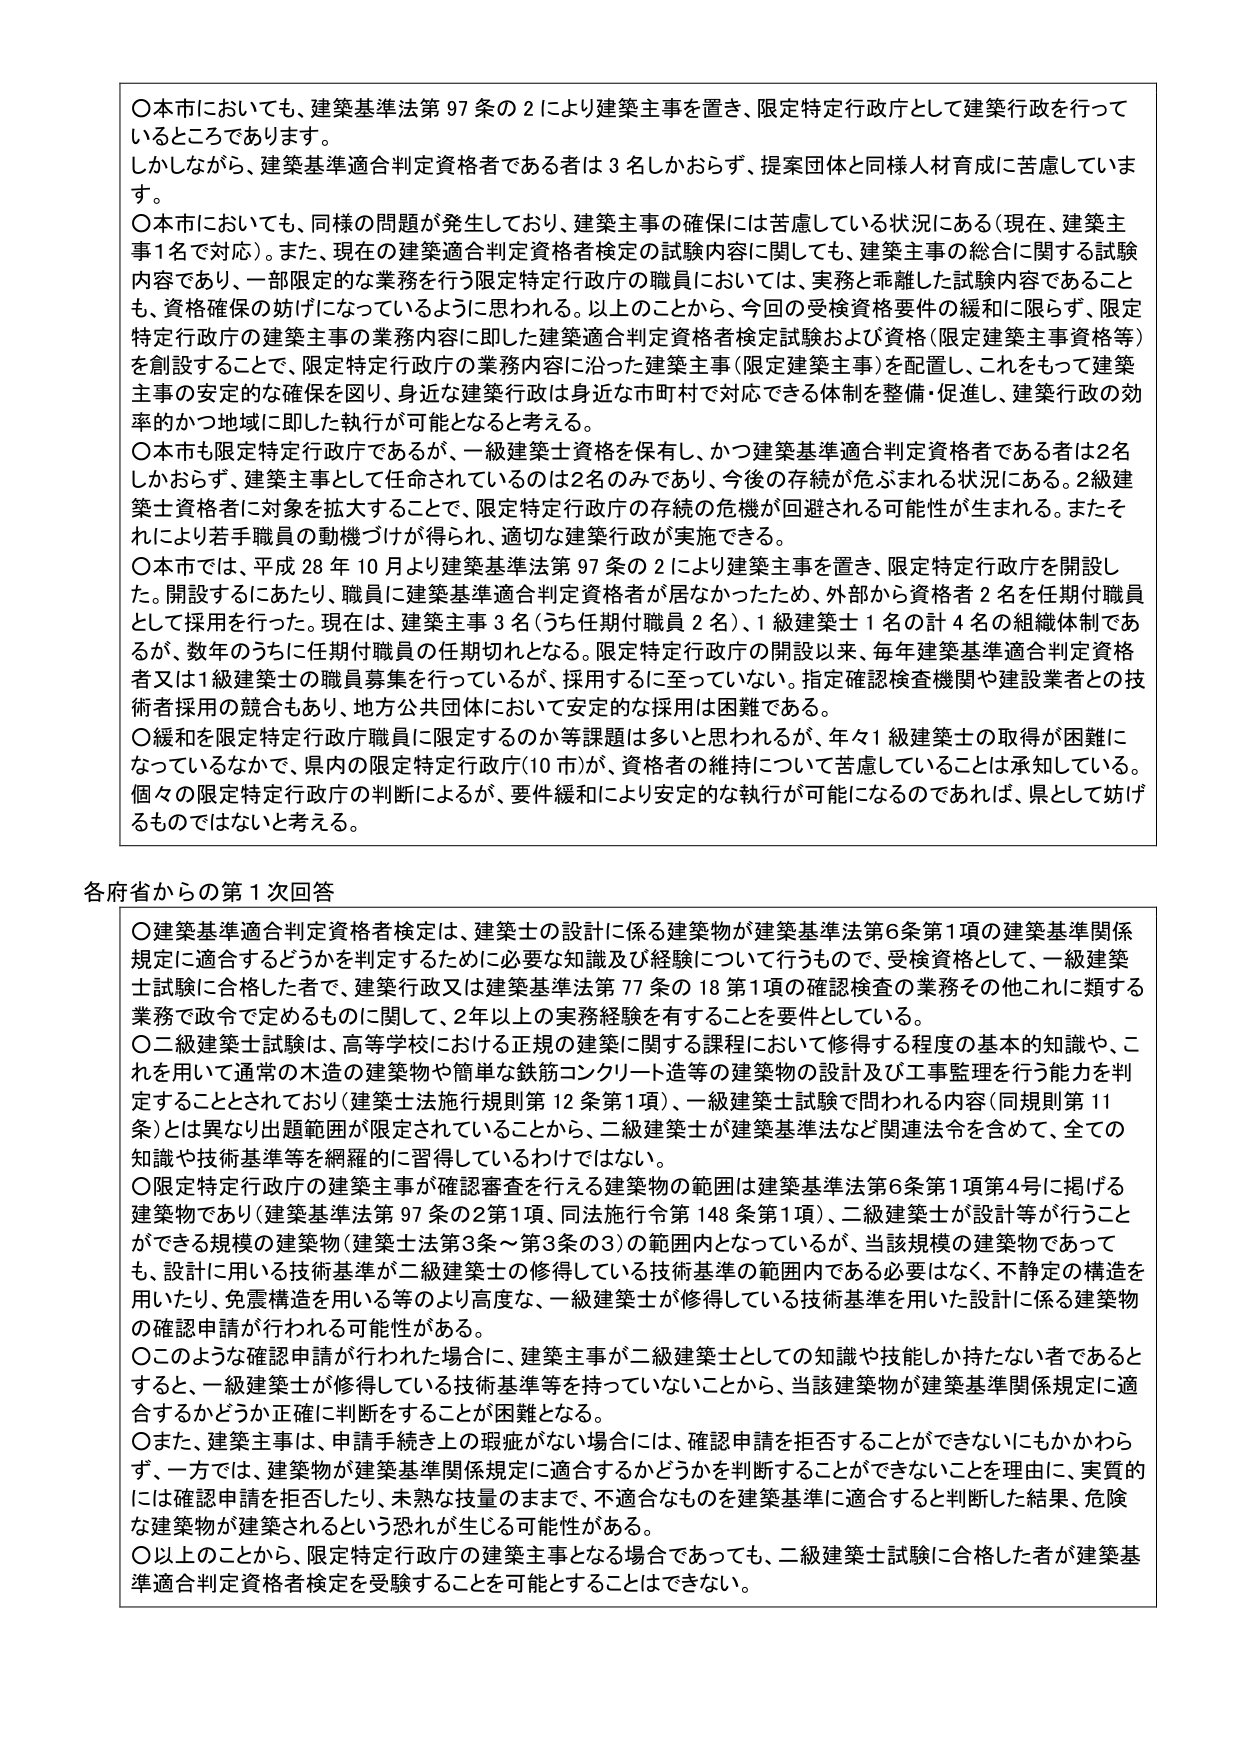
〇本市においても、建築基準法第97条の2により建築主事を置き、限定特定行政庁として建築行政を行っているところであります。
しかしながら、建築基準適合判定資格者である者は3名しかおらず、提案団体と同様人材育成に苦慮しています。
〇本市においても、同様の問題が発生しており、建築主事の確保には苦慮している状況にある（現在、建築主事1名で対応）。また、現在の建築適合判定資格者検定の試験内容に関しても、建築主事の総合に関する試験内容であり、一部限定的な業務を行う限定特定行政庁の職員においては、実務と乖離した試験内容であることも、資格確保の妨げになっているように思われる。以上のことから、今回の受検資格要件の緩和に限らず、限定特定行政庁の建築主事の業務内容に即した建築適合判定資格者検定試験および資格（限定建築主事資格等）を創設することで、限定特定行政庁の業務内容に沿った建築主事（限定建築主事）を配置し、これをもって建築主事の安定的な確保を図り、身近な建築行政は身近な市町村で対応できる体制を整備・促進し、建築行政の効率的かつ地域に即した執行が可能となると考える。
〇本市も限定特定行政庁であるが、一級建築士資格を保有し、かつ建築基準適合判定資格者である者は2名しかおらず、建築主事として任命されているのは2名のみであり、今後の存続が危ぶまれる状況にある。2級建築士資格者に対象を拡大することで、限定特定行政庁の存続の危機が回避される可能性が生まれる。またそれにより若手職員の動機づけが得られ、適切な建築行政が実施できる。
〇本市では、平成28年10月より建築基準法第97条の2により建築主事を置き、限定特定行政庁を開設した。開設するにあたり、職員に建築基準適合判定資格者が居なかったため、外部から資格者2名を任期付職員として採用を行った。現在は、建築主事3名（うち任期付職員2名）、1級建築士1名の計4名の組織体制であるが、数年のうちに任期付職員の任期切れとなる。限定特定行政庁の開設以来、毎年建築基準適合判定資格者又は1級建築士の職員募集を行っているが、採用するに至っていない。指定確認検査機関や建設業者との技術者採用の競合もあり、地方公共団体において安定的な採用は困難である。
〇緩和を限定特定行政庁職員に限定するのか等課題は多いと思われるが、年々1級建築士の取得が困難になっているなかで、県内の限定特定行政庁（10市）が、資格者の維持について苦慮していることは承知している。個々の限定特定行政庁の判断によるが、要件緩和により安定的な執行が可能になるのであれば、県として妨げるものではないと考える。

各府省からの第1次回答

〇建築基準適合判定資格者検定は、建築士の設計に係る建築物が建築基準法第6条第1項の建築基準関係規定に適合するどうかを判定するために必要な知識及び経験について行うもので、受検資格として、一級建築士試験に合格した者で、建築行政又は建築基準法第77条の18第1項の確認検査の業務その他これに類する業務で政令で定めるものに関して、2年以上の実務経験を有することを要件としている。
〇二級建築士試験は、高等学校における正規の建築に関する課程において修得する程度の基本的知識や、これを用いて通常の木造の建築物や簡単な鉄筋コンクリート造等の建築物の設計及び工事監理を行う能力を判定することとされており（建築士法施行規則第12条第1項）、一級建築士試験で問われる内容（同規則第11条）とは異なり出題範囲が限定されていることから、二級建築士が建築基準法など関連法令を含めて、全ての知識や技術基準等を網羅的に習得しているわけではない。
〇限定特定行政庁の建築主事が確認審査を行える建築物の範囲は建築基準法第6条第1項第4号に掲げる建築物であり（建築基準法第97条の2第1項、同法施行令第148条第1項）、二級建築士が設計等が行うことができる規模の建築物（建築士法第3条～第3条の3）の範囲内となっているが、当該規模の建築物であっても、設計に用いる技術基準が二級建築士の修得している技術基準の範囲内である必要はなく、不静定の構造を用いたり、免震構造を用いる等のより高度な、一級建築士が修得している技術基準を用いた設計に係る建築物の確認申請が行われる可能性がある。
〇このような確認申請が行われた場合に、建築主事が二級建築士としての知識や技能しか持たない者であるとすると、一級建築士が修得している技術基準等を持っていないことから、当該建築物が建築基準関係規定に適合するかどうか正確に判断をすることが困難となる。
〇また、建築主事は、申請手続き上の瑕疵がない場合には、確認申請を拒否することができないにもかかわらず、一方では、建築物が建築基準関係規定に適合するかどうかを判断することができないことを理由に、実質的には確認申請を拒否したり、未熟な技量のままに、不適合なものを建築基準に適合すると判断した結果、危険な建築物が建築されるという恐れが生じる可能性がある。
〇以上のことから、限定特定行政庁の建築主事となる場合であっても、二級建築士試験に合格した者が建築基準適合判定資格者検定を受験することを可能とすることはできない。